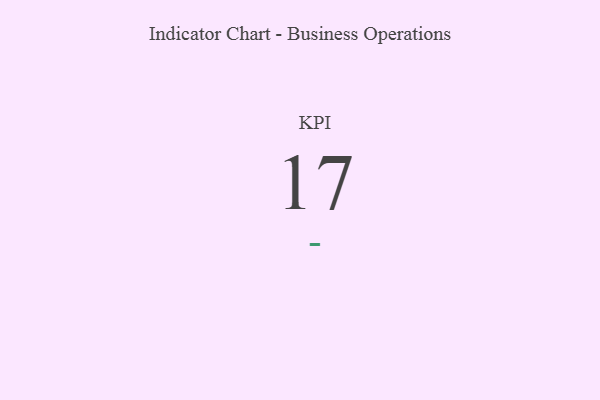
{"axis": {"x": "KPI", "y": "Value"}, "legend": [""], "data": [{"x": "KPI", "y": 17, "type": ""}]}